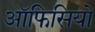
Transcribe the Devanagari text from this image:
ऑफिसियो